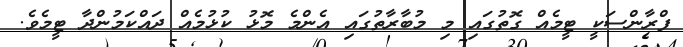
ފްރާންސަކީ ޓީމެއް ގޮތުގައި މި މުބާރާތުގައި އެންމެ މޮޅު ކުޅުމެއް ދައްކަމުންދާ ޓީމެވެ.